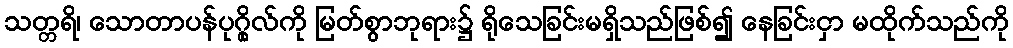
သတ္တရိ၊ သောတာပန်ပုဂ္ဂိုလ်ကို မြတ်စွာဘုရား၌ ရိုသေခြင်းမရှိသည်ဖြစ်၍ နေခြင်းငှာ မထိုက်သည်ကို